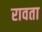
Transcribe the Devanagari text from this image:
रावता